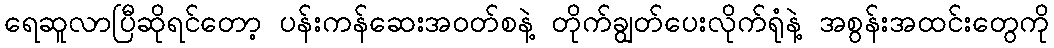
ရေဆူလာပြီဆိုရင်တော့ ပန်းကန်ဆေးအဝတ်စနဲ့ တိုက်ချွတ်ပေးလိုက်ရုံနဲ့ အစွန်းအထင်းတွေကို